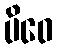
ပိဝေ